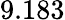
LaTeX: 9.183